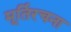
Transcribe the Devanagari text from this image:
मूर्तिरचना